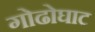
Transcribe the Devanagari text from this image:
गोढोघाट